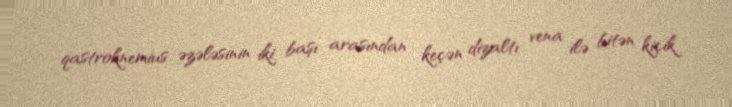
qastroknemius əzələsinin iki başı arasından keçən dizaltı vena ilə bitən kiçik